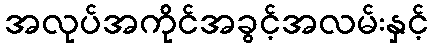
အလုပ်အကိုင်အခွင့်အလမ်းနှင့်